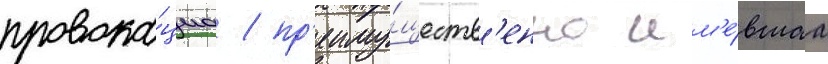
провока́циа / пр'еиму́ществ'енно им'е́вшаа